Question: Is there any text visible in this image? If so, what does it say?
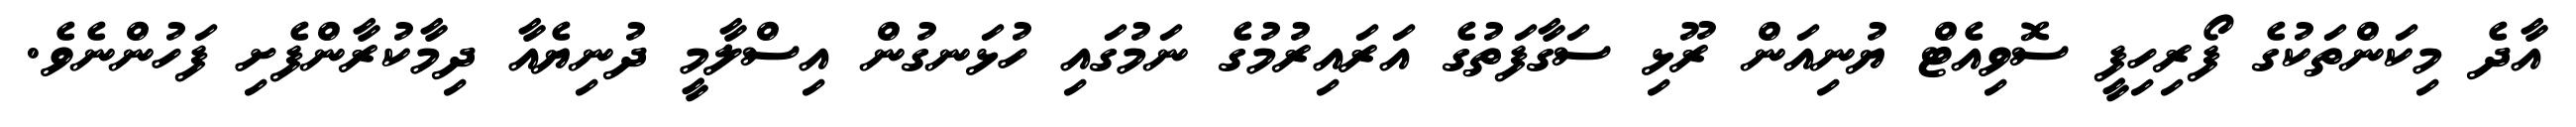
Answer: އާދެ މިކަންތަކުގެ ފޯރިހިފީ ސޮވިއެޓް ޔުނިއަން ރޫޅި ސަގާފަތުގެ އަރައިރުމުގެ ނަމުގައި ހުޅަނގުން އިސްލާމީ ދުނިޔެއާ ދިމާކުރާންފެށި ފަހުންނެވެ.